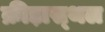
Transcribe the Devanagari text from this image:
क्रीड़ास्‍थल